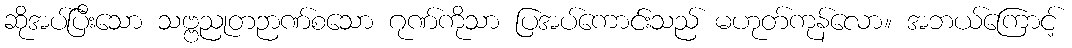
ဆိုအပ်ပြီးသော သဗ္ဗညုတဉာဏ်စသော ဂုဏ်ကိုသာ ပြအပ်ကောင်းသည် မဟုတ်ကုန်လော။ အဘယ်ကြောင့်